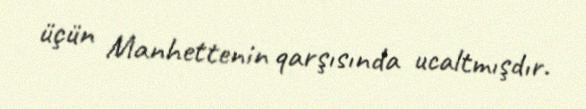
üçün Manhettenin qarşısında ucaltmışdır.